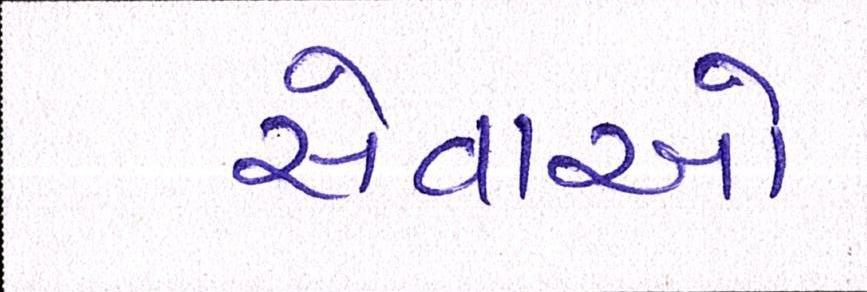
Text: સેવાઓ